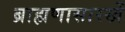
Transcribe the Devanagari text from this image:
ब्राह्मणासारखें